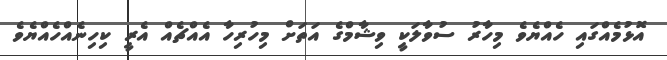
އޮޅުމެއްގައި ހެއްޔެވެ މިހާރު ސުވާލަކީ ވިޝާމްގެ އަތަށް މިހުރިހާ އެއްޗެއް އެރީ ކިހިނެއްހެއްޔެވެ